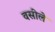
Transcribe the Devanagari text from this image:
वसीले